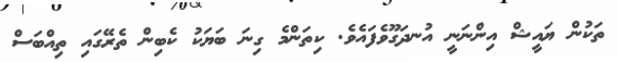
ތަކުން ޔައީޝް އިންނަނީ އުނދަގޫވެފައެވެ. ކިތަންމެ ގިނަ ބަޔަކު ކެބިން ތެރޭގައި ތިއްބަސް